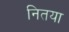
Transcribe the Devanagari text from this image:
नितया